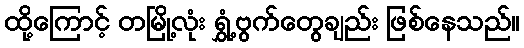
ထို့ကြောင့် တမြို့လုံး ရွှံ့ဗွက်တွေချည်း ဖြစ်နေသည်။